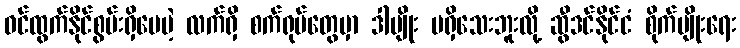
ဝင်ထွက်နိုင်စွမ်းရှိပေမဲ့ လက်ရှိ စက်ရုပ်တွေမှာ ဒါမျိုး မရှိသေးဘူးလို့ ဆွီဒင်နိုင်ငံ စိုက်ပျိုးရေး